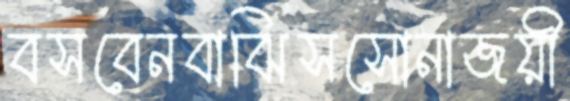
বসবেনবাঝিসসোনাজয়ী